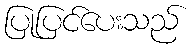
ပြုပြင်ပေးသည်